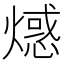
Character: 𤏘